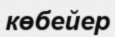
көбейер